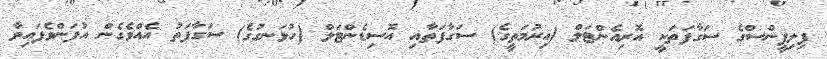
ފިލިޕީންސްގެ ސަގާފަތަކީ އޮރިއެންޓަލް (އިރުމަތީގެ) ސަގާފަތާއި އޮސިޑެންޓަލް (ހުޅަނގުގެ) ސަގާފަތު އެއްވެގެން އުފަންވެފައިވާ